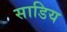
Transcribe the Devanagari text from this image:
साडिय